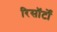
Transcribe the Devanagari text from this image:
रिसॉर्टों